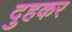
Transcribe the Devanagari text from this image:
दुहकर